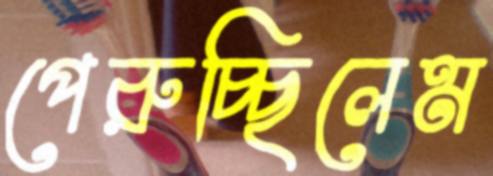
পেরুচ্ছিলেম